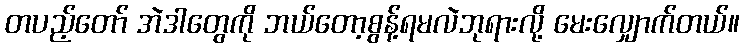
တပည့်တော် အဲဒါတွေကို ဘယ်တော့စွန့်ရမလဲဘုရားလို့ မေးလျှောက်တယ်။